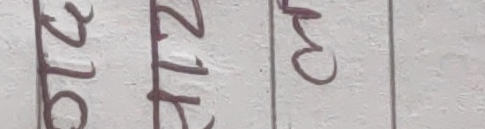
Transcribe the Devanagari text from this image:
२१६ २१५ ३